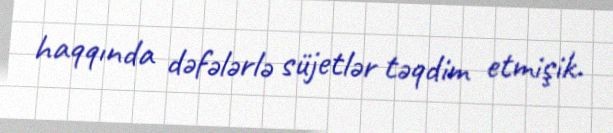
haqqında dəfələrlə süjetlər təqdim etmişik.